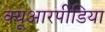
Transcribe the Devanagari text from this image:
क्यूआरपीडिया